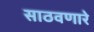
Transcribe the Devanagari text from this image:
साठवणारे